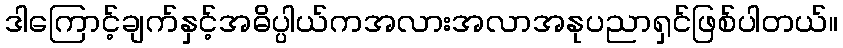
ဒါကြောင့်ချက်နှင့်အဓိပ္ပါယ်ကအလားအလာအနုပညာရှင်ဖြစ်ပါတယ်။